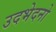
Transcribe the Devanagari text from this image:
उदभेदनो